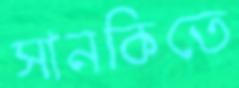
সানকিতে